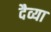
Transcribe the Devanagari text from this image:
दैव्या